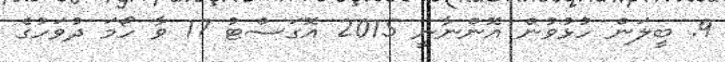
9. ބީލަން ހުޅުވުން އޮންނާނީ 2015 އޮގަސްޓު 17 ވާ ހޯމަ ދުވަހުގެ